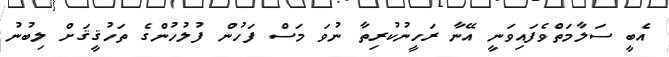
އެބީ ސަލާމަތްވެފައިވަނީ އޭނާ ރަހީނުކުރިތާ ނުވަ މަސް ފަހުން ފުލުހުންގެ ތަހުޤީޤަށް ލިބުނު